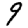
Digit: 9